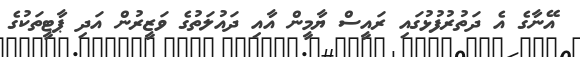
އޭނާގެ އެ ދަތުރުފުޅުގައި ރައީސް ޔާމީން އާއި ދައުލަތުގެ ވަޒީރުން އަދި ޕާޓީތަކުގެ